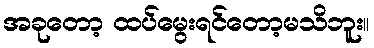
အခုတော့ ထပ်မွေးရင်တော့မသိဘူး။